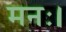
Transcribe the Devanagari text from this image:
मनः।